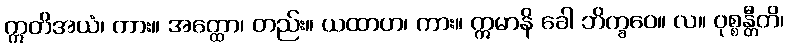
ဣတိအယံ၊ ကား။ အတ္ထော၊ တည်း။ ယထာဟ၊ ကား။ ဣမာနိ ခေါ ဘိက္ခဝေ။ လ။ ဝုစ္စန္တီတိ၊